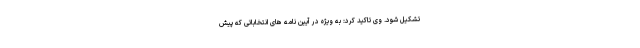
تشکیل شود. وی تاکید کرد: به ویژه در آیین نامه های انتخاباتی که پیش